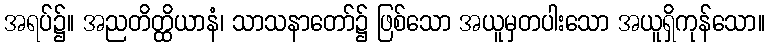
အရပ်၌။ အညတိတ္ထိယာနံ၊ သာသနာတော်၌ ဖြစ်သော အယူမှတပါးသော အယူရှိကုန်သော။